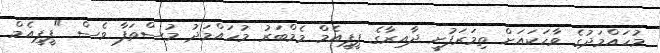
މުހައްމަދުގެ ވާހަކައަށް ތިމަރަފުށީ ދާއިރާގެ ޕީޕީއެމް މެމްބަރު މުހައްމަދު މުސްތަފާ ވެސް "ޕީޕީއެމް